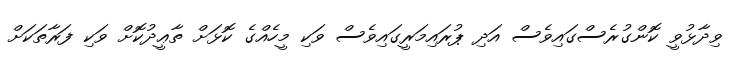
ވިދާޅުވީ ކޮންގުރެސްގައިވެސް އަދި ޕުރައިމަރީގައިވެސް ވަކި މީހެއްގެ ކޮޅަށް ތާޢީދުކޮށް ވަކި ފަރާތަކަށް